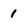
Character: 1